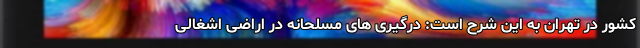
کشور در تهران به این شرح است: درگیری های مسلحانه در اراضی اشغالی